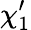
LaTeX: \chi_{1}^{\prime}